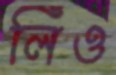
লিঁও